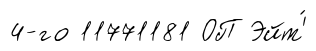
4-го 11771181 ОП Эйт'́